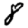
Digit: 8